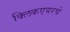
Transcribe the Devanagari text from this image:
क्लिकएयरचे